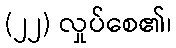
(၂၂) လှုပ်စေ၏၊